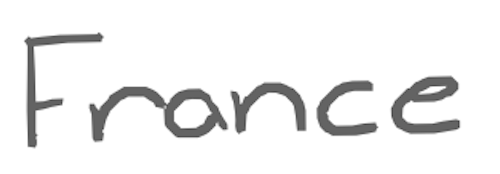
Text: France
Cross-out: clean
Writing tool: digital_gray